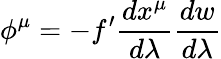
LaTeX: \phi^{\mu}=-f^{\prime}\frac{dx^{\mu}}{d\lambda}\frac{dw}{d\lambda}